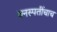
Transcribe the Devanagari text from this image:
वनस्पतींचाच